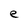
Character: e